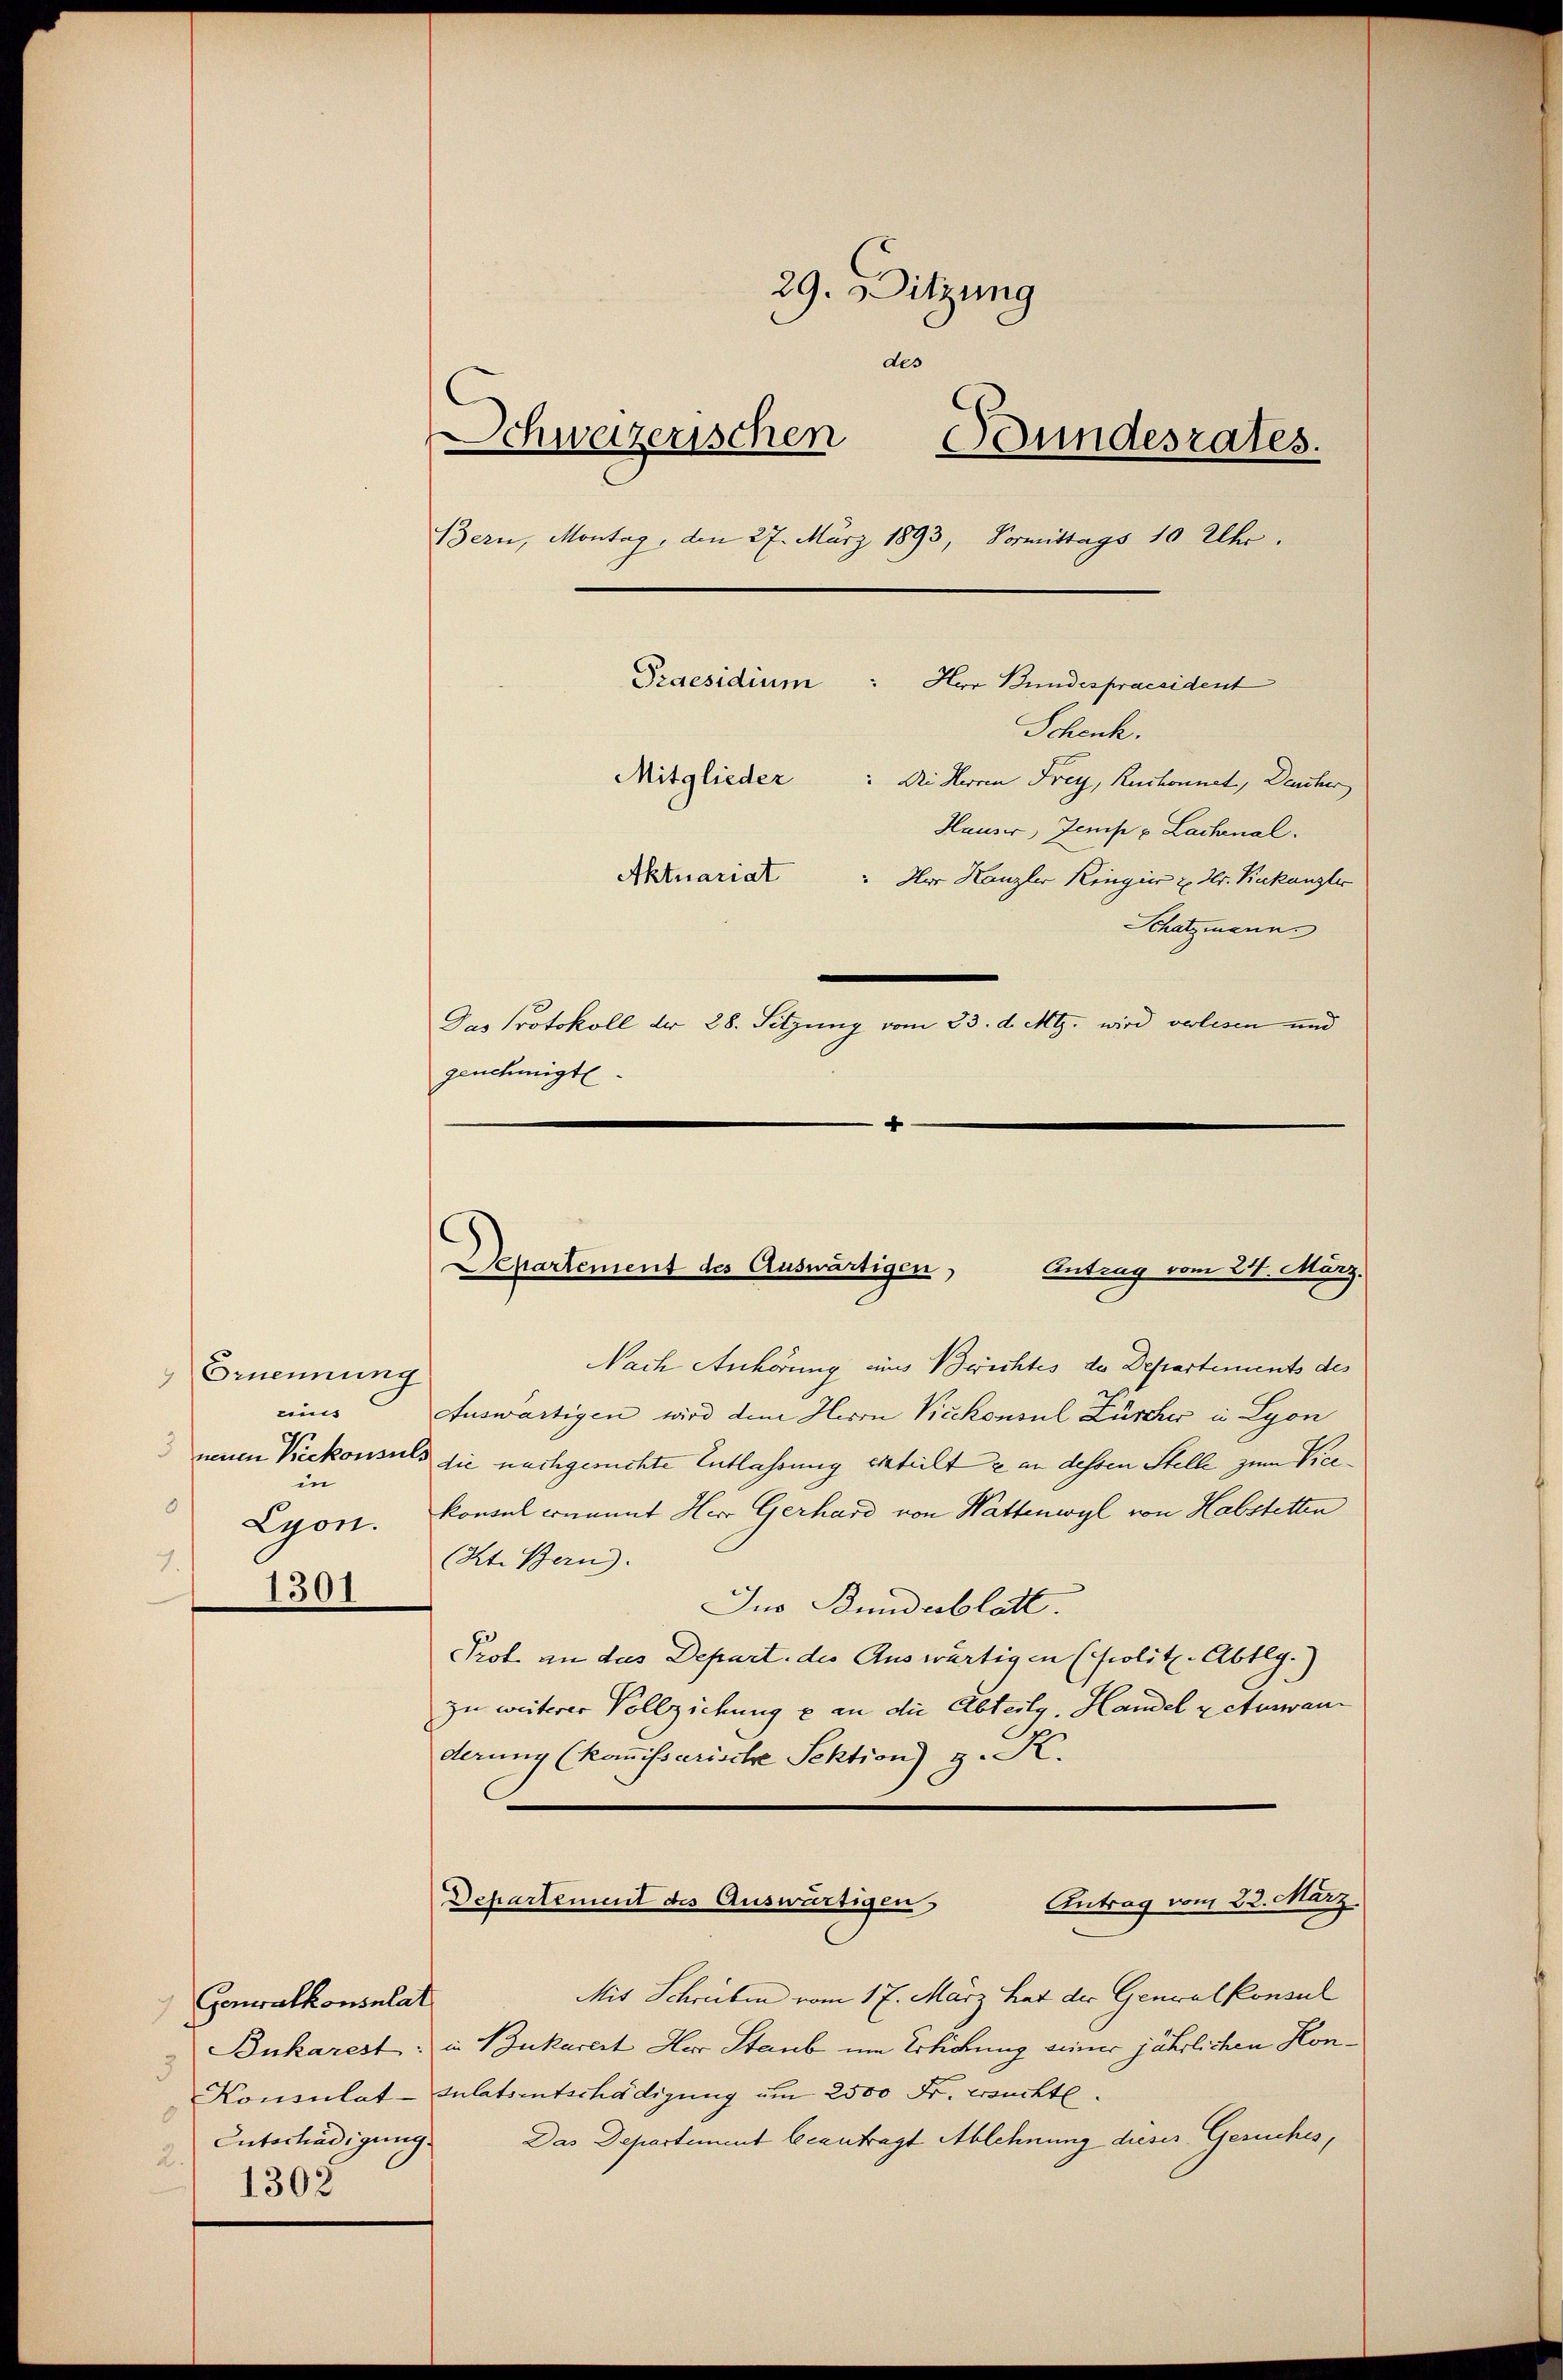
Ernennung
eins
in
0
Lyon.
.
1301

Generalkonsulat
3
Entschädigung.
2.
1302

29. Sitzung
des
Schweizerischen Bundesrates.
Bern, Montag, den 27. März 1893, Vormittags 10 Uhr.
Schenk.
Mitglieder: Die Herren Frey, Ruchonnet, Deucher
Hauser Zeiche u Lachnal.
Aktuariat " der Kanzler Ringer u. Hr. Kakanzler
Schatzmann.
Gas Protokoll der 28. Sitzung vom 23. d. Mts. wird verlesen und
genehmigte
4

Departement des Auswärtigen,
Antrag vom 24. März.

Nach Anhörung aus Berichtes der Departements des
Auswärtigen wird dem Herrn Vicekonsul Zürcher in Lyon
neuen Riekonsuls die nachgesuchte Entlassung erteilt & an dessen Stelle zum Vicekonsul ernannt Herr Gerhard von Wattenwyl von Habstetten
(Kt. Bern).
Jus Bundesblatt.
Prof. an das Depart. des Auswärtigen (Prolit. Abtlg.)
zu weiterer Vollziehung e an die Abteilg. Handel & Auswan
derung (koṁissarische Sektion) g. K.

Praesidium : Herr Bundespraesident

Departement des Auswärtigen
Antrag vom 22. März

Mit Schreiben vom 17. März hat der Generalkonsul
Bukarest: in Bukarert Her Staub um Erlichung seiner jährlichen Kon¬
Konsulat-Sulatsentschädigung um 2500 Fr. ersuchte.
Das Departement beantragt Ablehnung dieser Gesuches,